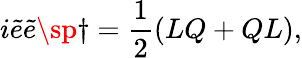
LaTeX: i\tilde{e}\tilde{e}\sp{\dagger}=\frac{1}{2}(LQ+QL),